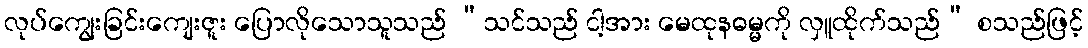
လုပ်ကျွေးခြင်းကျေးဇူး ပြောလိုသောသူသည် “သင်သည် ငါ့အား မေထုနဓမ္မကို လှူထိုက်သည်” စသည်ဖြင့်